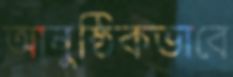
আনুষ্ঠিকভাবে